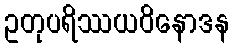
ဥတုပရိဿယဝိနောဒန